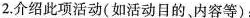
2.介绍此项活动(如活动目的。内容等)；